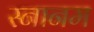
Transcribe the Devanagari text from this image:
स्नानम